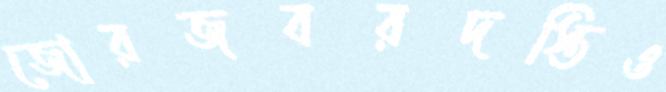
জোরজবরদস্তিও